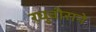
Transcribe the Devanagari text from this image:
रघुवीराने